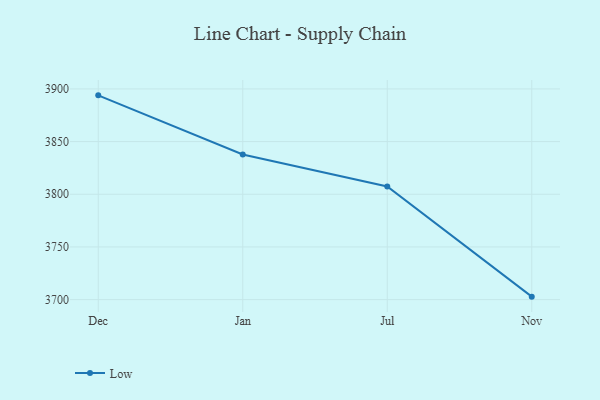
{"axis": {"x": "Month", "y": "Net Income (USD K)"}, "legend": ["Low"], "data": [{"x": "Dec", "y": 3893.9, "type": "Low"}, {"x": "Jan", "y": 3837.7, "type": "Low"}, {"x": "Jul", "y": 3807.4, "type": "Low"}, {"x": "Nov", "y": 3702.8, "type": "Low"}]}